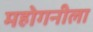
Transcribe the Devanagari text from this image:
महोगनीला